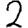
Digit: 2